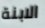
الابنة